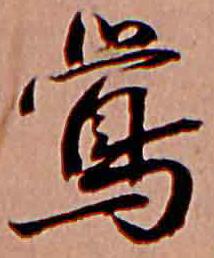
鶯